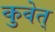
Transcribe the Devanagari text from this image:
कुवेत्